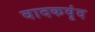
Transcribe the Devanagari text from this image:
वादकवृंद